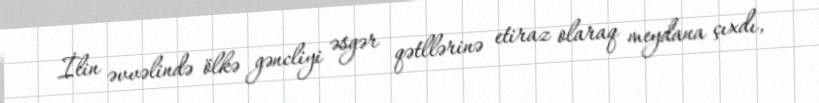
İlin əvvəlində ölkə gəncliyi əsgər qətllərinə etiraz olaraq meydana çıxdı,